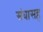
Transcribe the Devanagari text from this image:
संघासह